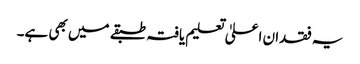
یہ فقدان اعلیٰ تعلیم یافتہ طبقے میں بھی ہے۔